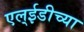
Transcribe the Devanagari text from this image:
एल्ईडीच्या